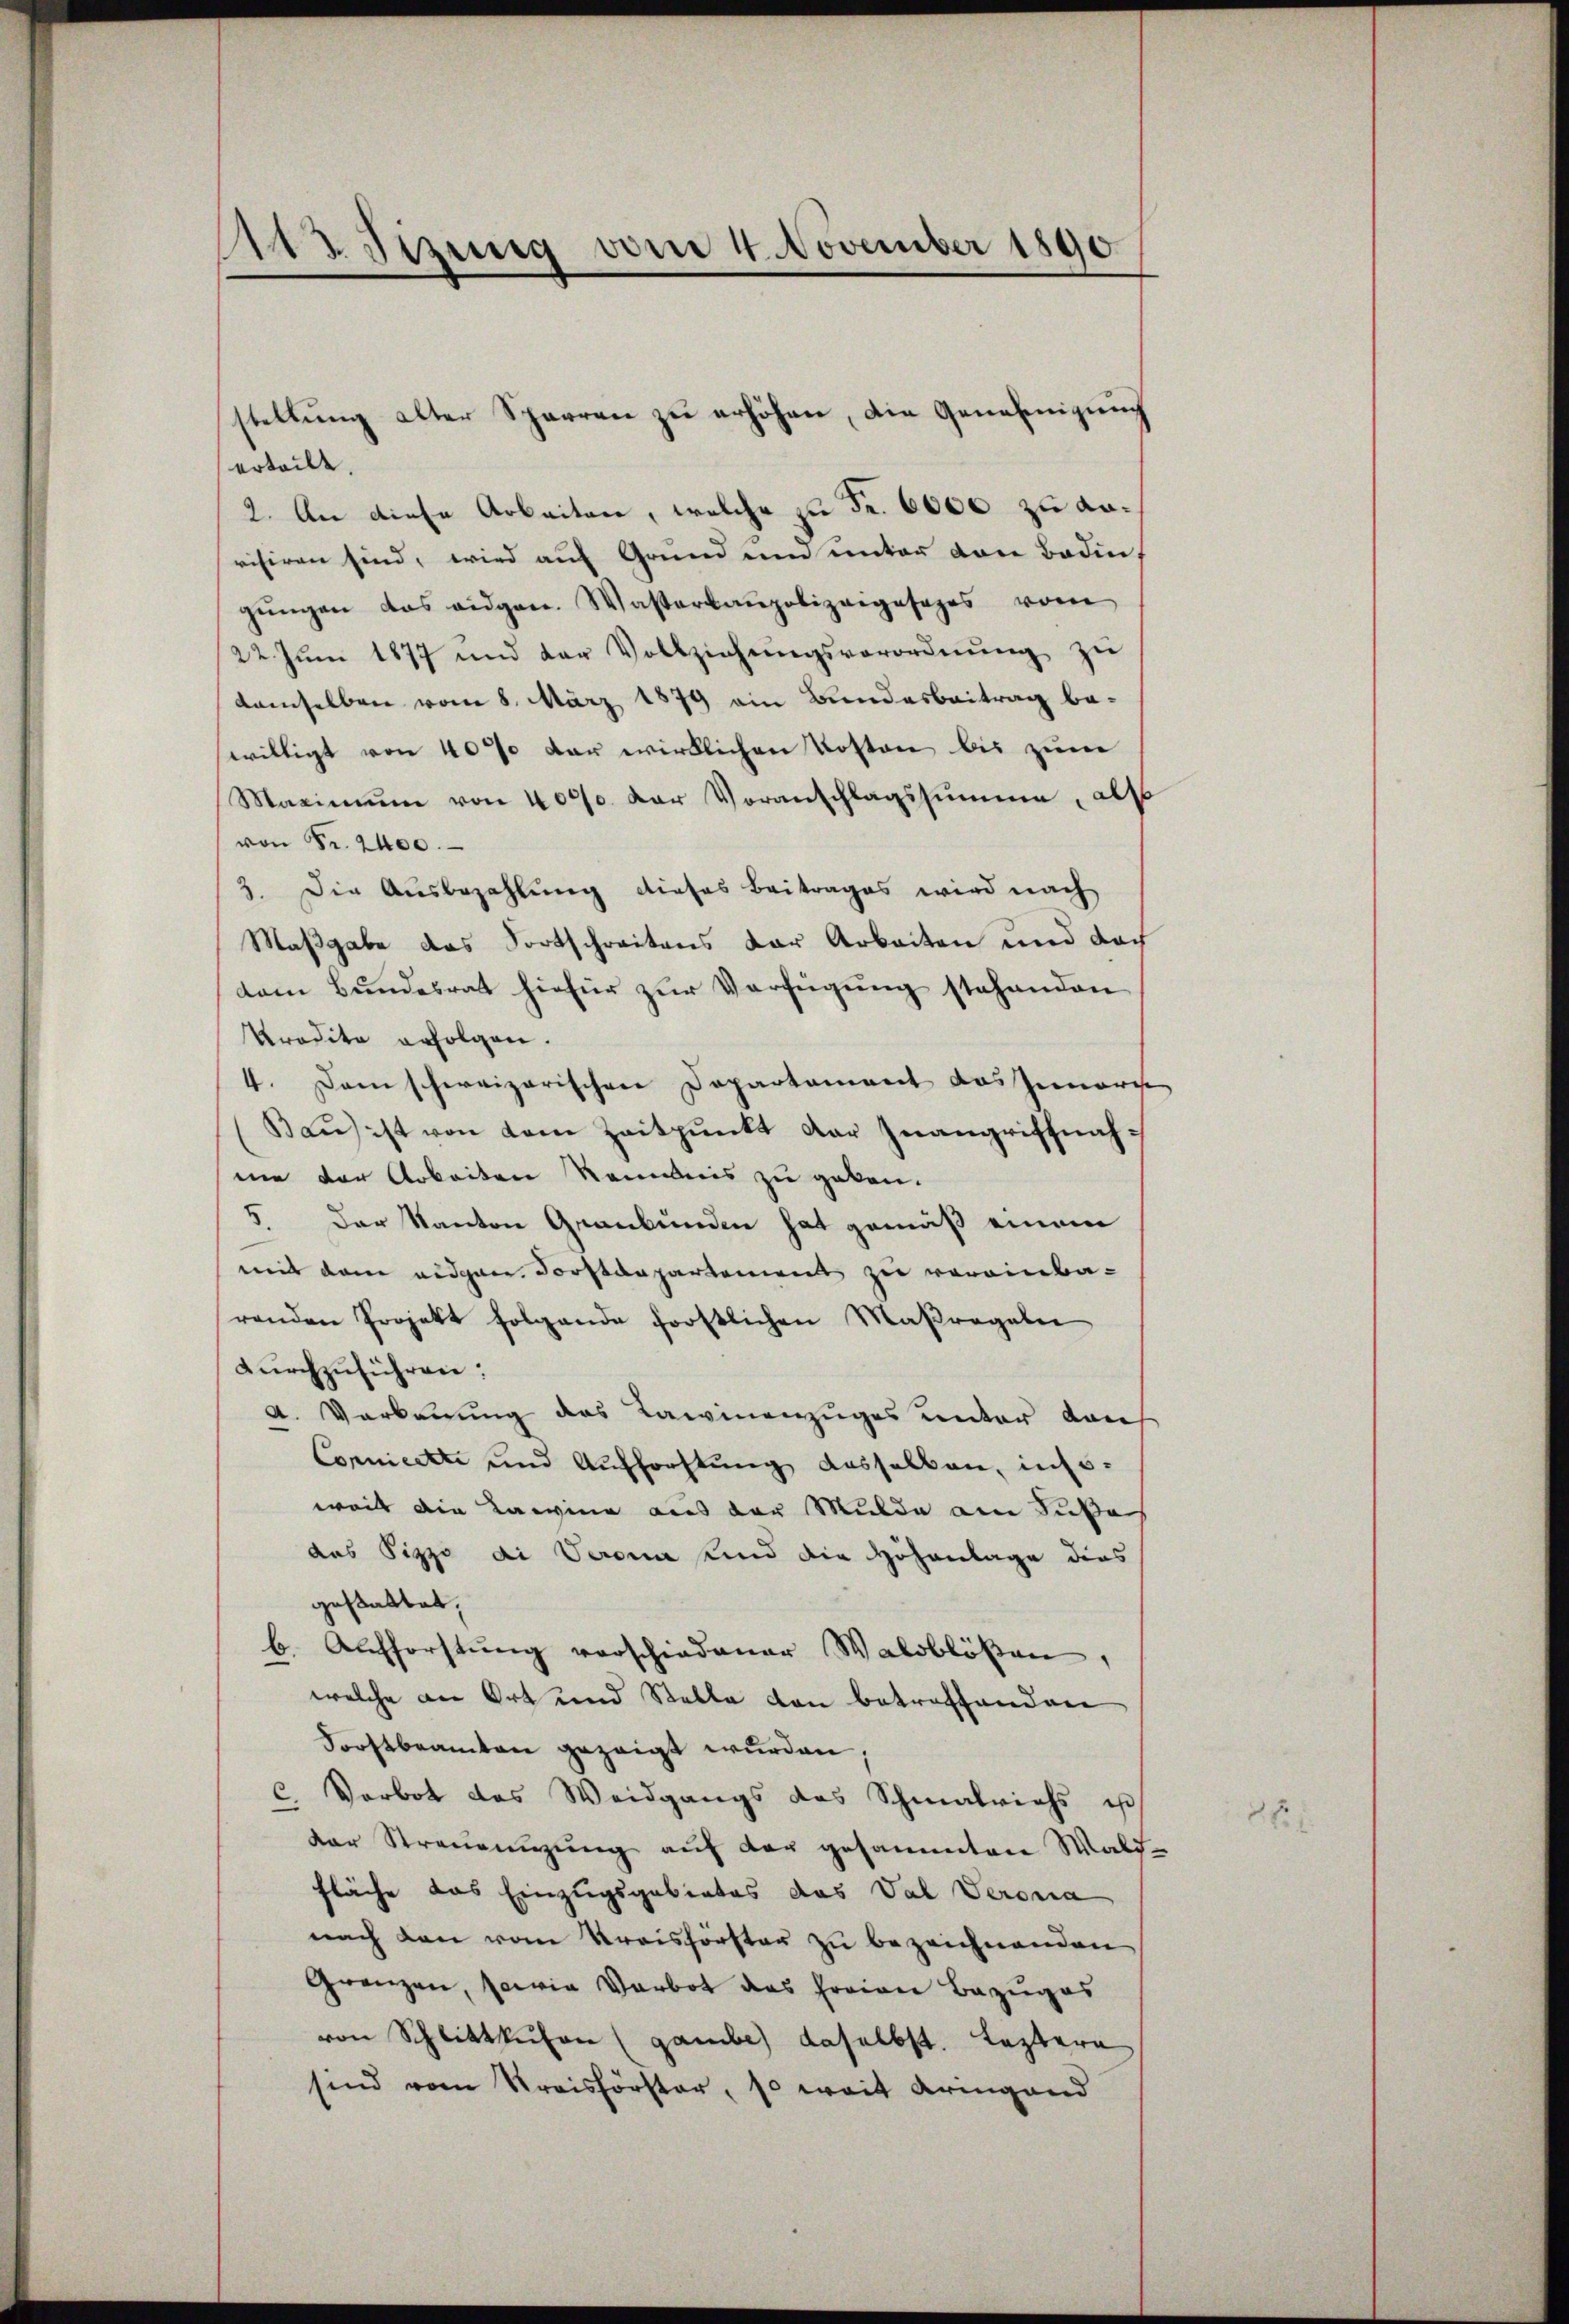
112 Sizung vom 4. November 1890

erteilt.
2. An diese Arbeiten, welche zu Fr. 6000 zu Korisiren sind, wird auf Grund und unter den Boden,
gŭngen das eidgen. Wasserbaupolizeigesages vom
22. Jŭni 1877 und der Vollziehŭngsverordnŭng zŭ
damselben vom 8. März 1879 ein Bundesbeitrag bewilligt von 40% der wirklichen Kosten bis zum
Maximŭm von 4000. der Voranschlagssumme, als
von Fr. 2400.
3. Die Ausbezahlung dieses Beitrages wird nach
Maßgabe das Fortschreitens der Arbeiten und doch
dom Bundesrat hiefür zur Verfügung stehenden
Predite erfolgen.
4. Dem schweizerischen Departament das Jenari
Baŭ) ist von dem Zeitpunkt der Inangriffnahme der Arbeiten kanntnis zu geben.
5. Der Kanton Graubünden hat gemäß einem
mit dem eidgane Forstdepartement zu vereinba-
renden Projekt folgende forstlichen Maßregelei
dŭrchzuführen:
A. Verbauung des Lawinenzuges unter dan
Connicette und Aufforstung desselben, insoweil die Kamine aus der Mulde am Subs
das Pizzo di Verona und die Höhenlage dies
gestattet,
b. Aufforstŭng verschiedener Waldblösen,
welche an Ort und Stelle von betroffenden
Forstbeamten gezeigt wurden.
C. Vorbot des Weidgangs des Schmalrichs us
der Streuemigŭng aŭf der gesammten Wald-
fläche das Einzugsgebietes das Val Verona
nach den vom Kreisförster zu bezeichnenden
Grenzen, sowie Verbot das horian Bezuges
von Schlittkuchen (gambe daselbst. Leztern
sind vom Streisförster, so weit Aringend

stellung alter Sperren zu erhöhen, die Genehmigung

8t.